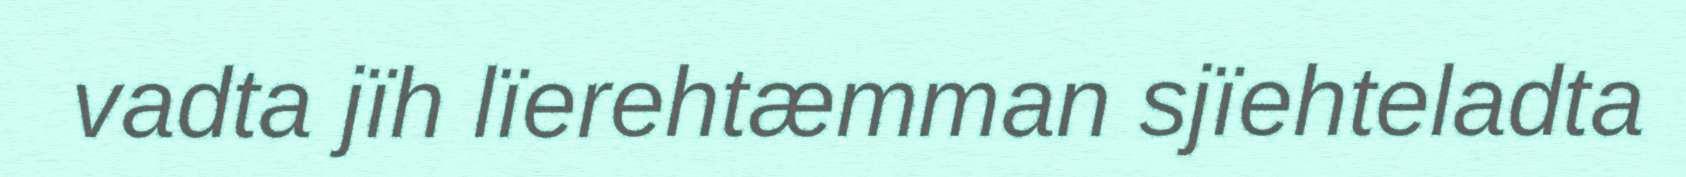
vadta jïh lïerehtæmman sjïehteladta